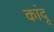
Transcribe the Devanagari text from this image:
कांदू